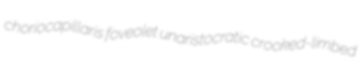
choriocapillaris foveolet unaristocratic crooked-limbed